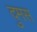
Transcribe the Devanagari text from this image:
दुमस